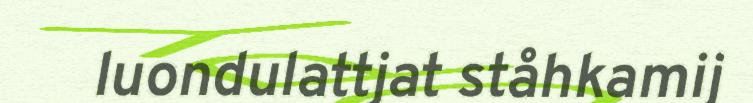
luondulattjat ståhkamij